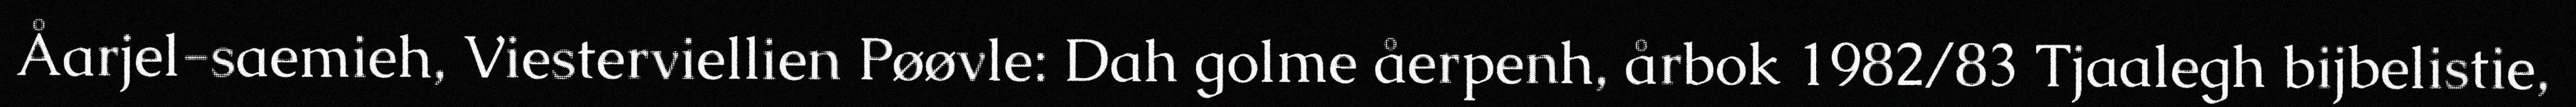
Åarjel-saemieh, Viesterviellien Pøøvle: Dah golme åerpenh, årbok 1982/83 Tjaalegh bijbelistie,